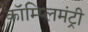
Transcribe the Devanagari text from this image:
कॉम्प्लिमंट्री